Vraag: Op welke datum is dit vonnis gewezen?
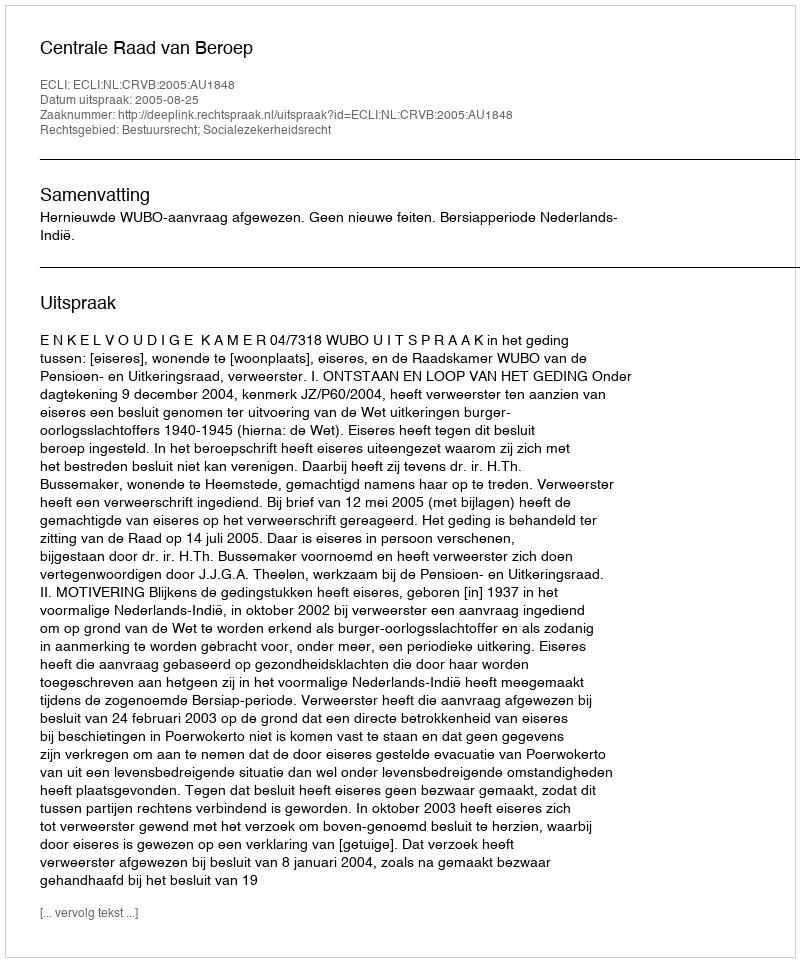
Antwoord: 2005-08-25